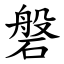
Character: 磐